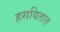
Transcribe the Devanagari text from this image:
हसवितात